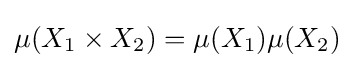
\mu (X_{1}\times X_{2})=\mu (X_{1})\mu (X_{2})